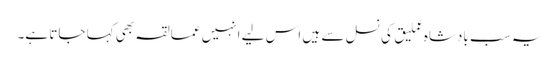
یہ سب بادشاہ عملیق کی نسل سے ہیں اس لیے انہیں عمالقہ بھی کہا جاتا ہے۔